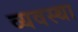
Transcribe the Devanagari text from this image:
व्‍यवस्था